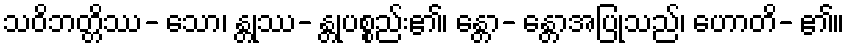
သဝိဘတ္တိဿ- သော၊ န္တုဿ- န္တုပစ္စည်း၏၊ န္တော- န္တောအပြုသည်၊ ဟောတိ- ၏။